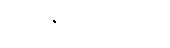
ပျော်မွေ့တတ်သူ။